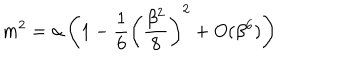
LaTeX: m ^ { 2 } = \alpha \left( 1 - \frac { 1 } { 6 } \left( \frac { \beta ^ { 2 } } { 8 } \right) ^ { 2 } + O ( \beta ^ { 6 } ) \right)